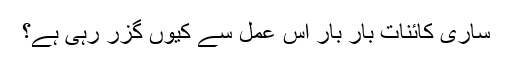
ساری کائنات بار بار اس عمل سے کیوں گزر رہی ہے؟